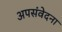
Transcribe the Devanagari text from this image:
अपसंवेदना